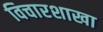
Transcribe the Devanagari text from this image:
विचारशाखा